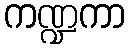
ကဏ္ဍကာ